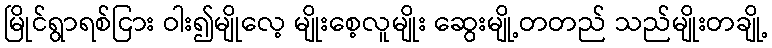
မြိုင်ရွာရစ်ငြား ဝါး၍မျိုလေ့ မျိုးစေ့လူမျိုး ဆွေးမျို့တတည် သည်မျိုးတချို့